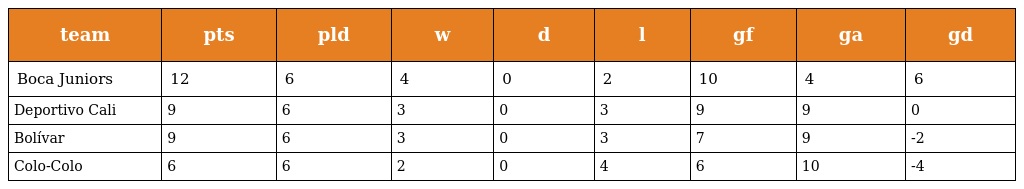
| team | pts | pld | w | d | l | gf | ga | gd |
 | --- | --- | --- | --- | --- | --- | --- | --- | --- |
 | Boca Juniors | 12 | 6 | 4 | 0 | 2 | 10 | 4 | 6 |
 | Deportivo Cali | 9 | 6 | 3 | 0 | 3 | 9 | 9 | 0 |
 | Bolívar | 9 | 6 | 3 | 0 | 3 | 7 | 9 | -2 |
 | Colo-Colo | 6 | 6 | 2 | 0 | 4 | 6 | 10 | -4 |